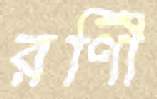
রণিী